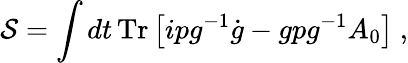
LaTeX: {\cal S}=\int dt\, \mathrm{Tr}\left[ipg^{-1}\dot{g}-gpg^{-1}A_{0}\right]~,